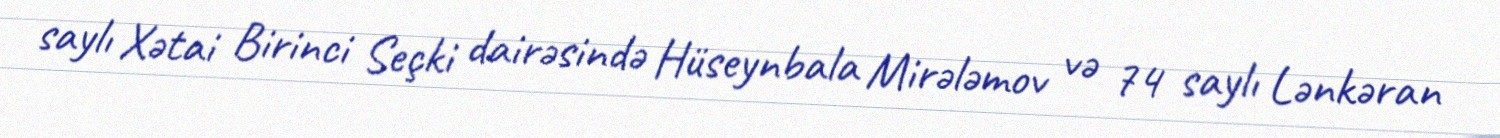
saylı Xətai Birinci Seçki dairəsində Hüseynbala Mirələmov və 74 saylı Lənkəran